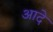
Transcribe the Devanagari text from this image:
आदे